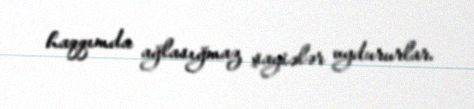
haqqımda ağlasığmaz şayiələr uydururlar.